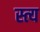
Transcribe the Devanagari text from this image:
स्त्य